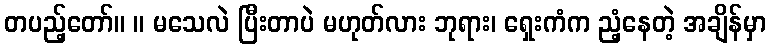
တပည့်တော်။ ။ မသေလဲ ပြီးတာပဲ မဟုတ်လား ဘုရား၊ ရှေးကံက ညံ့နေတဲ့ အချိန်မှာ